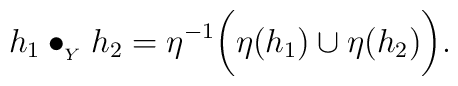
h_1 \bullet_{{}_Y} h_2 = \eta^{-1}\bigg( \eta(h_1) \cup \eta(h_2)\bigg).